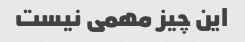
این چیز مهمی نیست